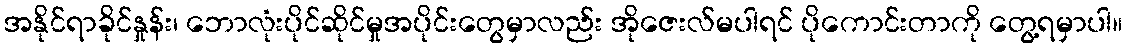
အနိုင်ရာခိုင်နှုန်း၊ ဘောလုံးပိုင်ဆိုင်မှုအပိုင်းတွေမှာလည်း အိုဇေးလ်မပါရင် ပိုကောင်းတာကို တွေ့ရမှာပါ။